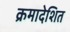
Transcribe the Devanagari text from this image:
क्रमादेशित